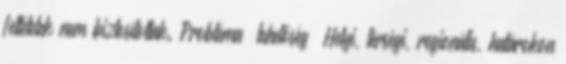
feltételek nem biztosítottak. Probléma lehetőség ▪Helyi, térségi, regionális, határokon